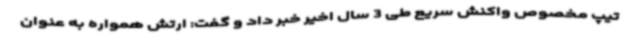
تیپ مخصوص واکنش سریع طی 3 سال اخیر خبر داد و گفت: ارتش همواره به عنوان